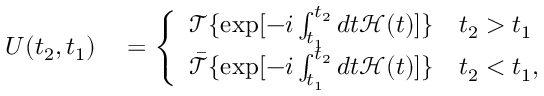
\begin{array} { r l } { U ( t _ { 2 } , t _ { 1 } ) } & { { } = \left\{ \begin{array} { l l } { \mathcal { T } \{ \exp [ - i \int _ { t _ { 1 } } ^ { t _ { 2 } } d t \mathcal { H } ( t ) ] \} \quad t _ { 2 } > t _ { 1 } } \\ { \Bar { \mathcal { T } } \{ \exp [ - i \int _ { t _ { 1 } } ^ { t _ { 2 } } d t \mathcal { H } ( t ) ] \} \quad t _ { 2 } < t _ { 1 } , } \end{array} \right. } \end{array}